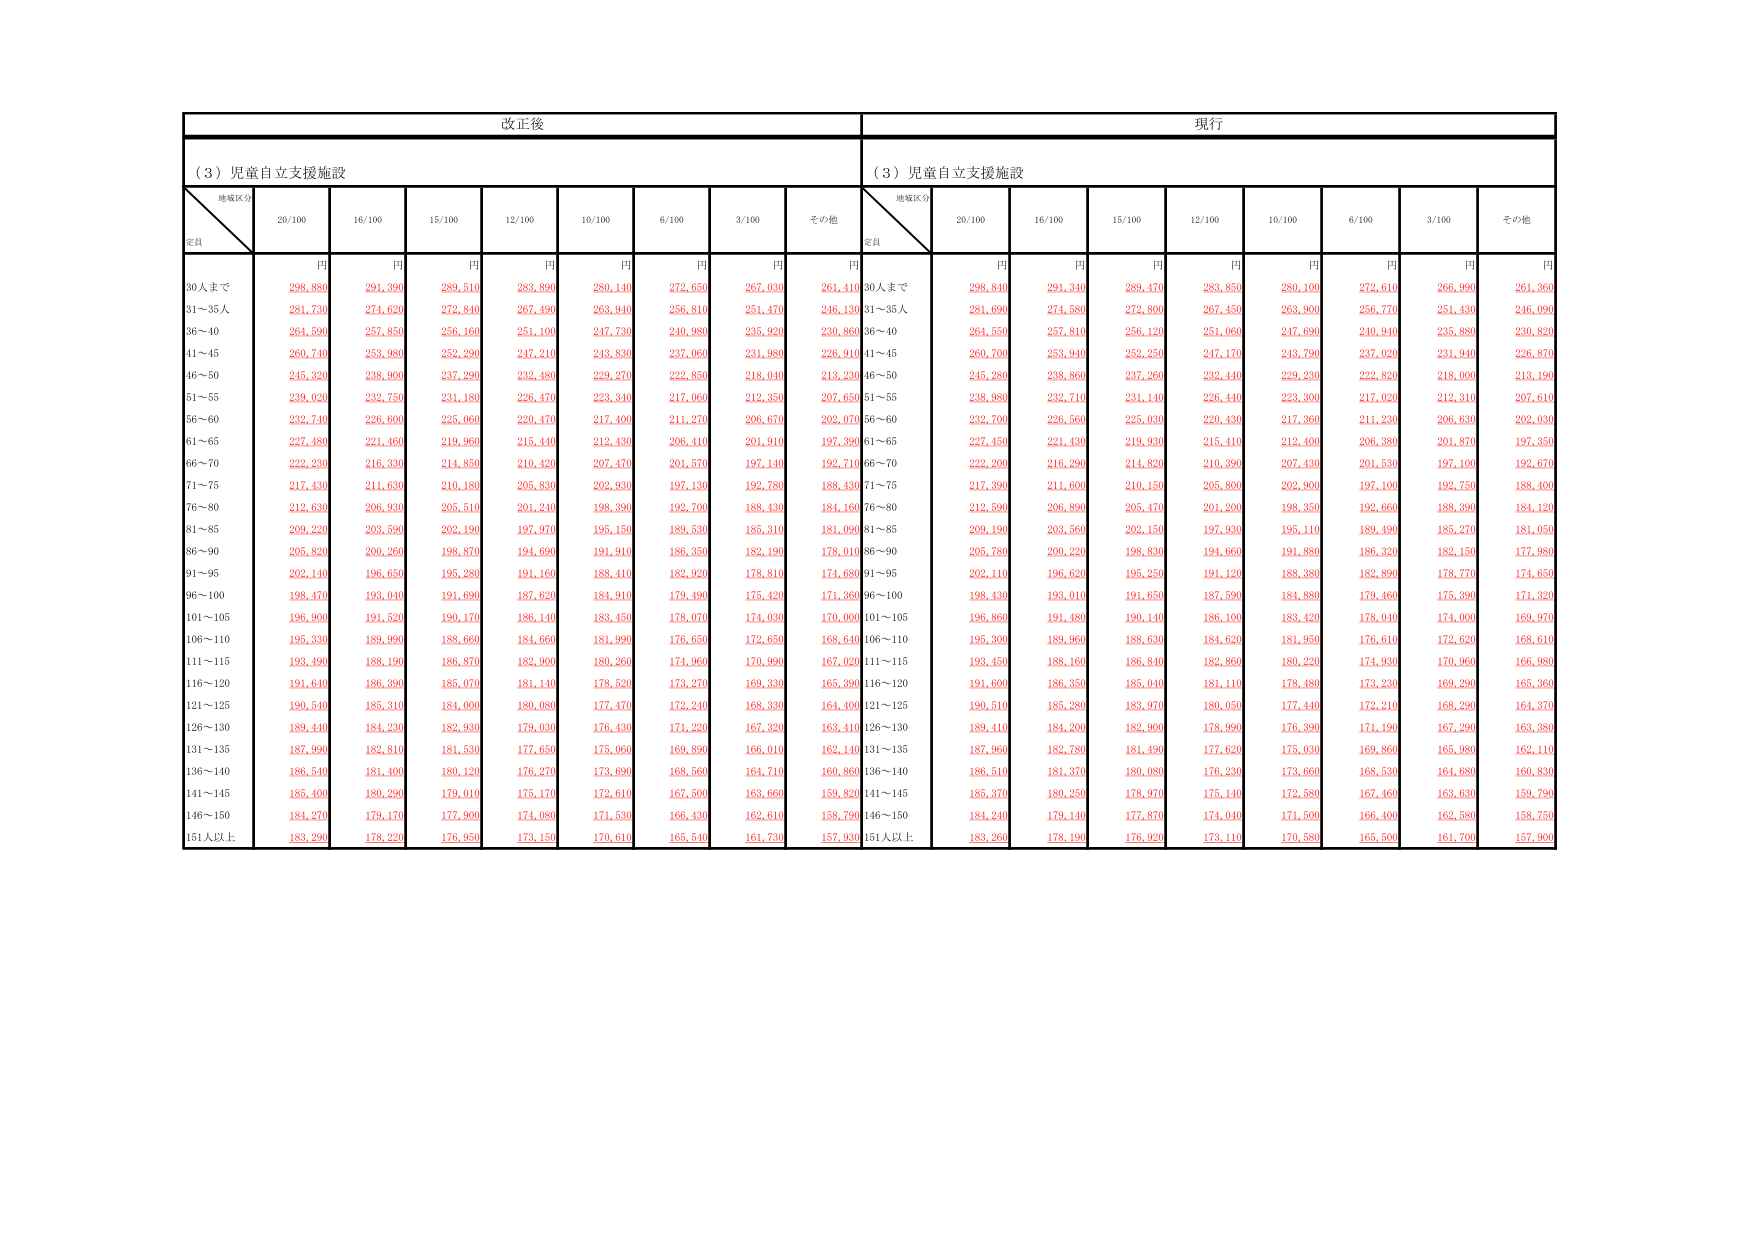
改正後
現行
（３）児童自立支援施設
（３）児童自立支援施設
地域区分
定員
20/100
16/100
15/100
12/100
10/100
6/100
3/100
その他
地域区分
定員
20/100
16/100
15/100
12/100
10/100
6/100
3/100
その他
円
円
円
円
円
円
円
円
円
円
円
円
円
円
円
円
円
円
30人まで
298,880
291,390
289,510
283,890
280,140
272,650
267,030
261,410
30人まで
298,840
291,340
289,470
283,850
280,100
272,610
266,990
261,360
31～35人
281,730
274,620
272,840
267,490
263,940
256,810
251,470
246,130
31～35人
281,690
274,580
272,800
267,450
263,900
256,770
251,430
246,090
36～40
264,590
257,850
256,160
251,100
247,730
240,980
235,920
230,860
36～40
264,550
257,810
256,120
251,060
247,690
240,940
235,880
230,820
41～45
260,740
253,980
252,290
247,210
243,830
237,060
231,980
226,910
41～45
260,700
253,940
252,250
247,170
243,790
237,020
231,940
226,870
46～50
245,320
238,900
237,290
232,480
229,270
222,850
218,040
213,230
46～50
245,280
238,860
237,260
232,440
229,230
222,820
218,000
213,190
51～55
239,020
232,750
231,180
226,470
223,340
217,060
212,350
207,650
51～55
238,980
232,710
231,140
226,440
223,300
217,020
212,310
207,610
56～60
232,740
226,600
225,060
220,470
217,400
211,270
206,670
202,070
56～60
232,700
226,560
225,030
220,430
217,360
211,230
206,630
202,030
61～65
227,480
221,460
219,960
215,440
212,430
206,410
201,910
197,390
61～65
227,450
221,430
219,930
215,410
212,400
206,380
201,870
197,350
66～70
222,230
216,330
214,850
210,420
207,470
201,570
197,140
192,710
66～70
222,200
216,290
214,820
210,390
207,430
201,530
197,100
192,670
71～75
217,430
211,630
210,180
205,830
202,930
197,130
192,780
188,430
71～75
217,390
211,600
210,150
205,800
202,900
197,100
192,750
188,400
76～80
212,630
206,930
205,510
201,240
198,390
192,700
188,430
184,160
76～80
212,590
206,890
205,470
201,200
198,350
192,660
188,390
184,120
81～85
209,220
203,590
202,190
197,870
195,150
189,530
185,310
181,090
81～85
209,190
203,560
202,150
197,830
195,110
189,490
185,270
181,050
86～90
205,820
200,260
198,870
194,690
191,910
186,350
182,190
178,010
86～90
205,780
200,220
198,830
194,660
191,880
186,320
182,150
177,980
91～95
202,140
196,650
195,280
191,160
188,410
182,920
178,810
174,680
91～95
202,110
196,620
195,250
191,120
188,380
182,890
178,770
174,650
96～100
198,470
193,040
191,690
187,620
184,910
179,490
175,420
171,360
96～100
198,430
193,010
191,650
187,590
184,880
179,460
175,390
171,320
101～105
196,900
191,520
190,170
186,140
183,450
178,070
174,030
170,000
101～105
196,860
191,480
190,140
186,100
183,420
178,040
174,000
169,970
106～110
195,330
189,990
188,660
184,660
181,990
176,650
172,650
168,640
106～110
195,300
189,960
188,630
184,620
181,950
176,610
172,620
168,610
111～115
193,490
188,190
186,870
182,900
180,260
174,960
170,990
167,020
111～115
193,450
188,160
186,840
182,860
180,220
174,930
170,960
166,980
116～120
191,640
186,390
185,070
181,140
178,520
173,270
169,330
165,390
116～120
191,600
186,350
185,040
181,110
178,480
173,230
169,290
165,360
121～125
190,540
185,310
184,000
180,080
177,470
172,240
168,330
164,400
121～125
190,510
185,280
183,970
180,050
177,440
172,210
168,290
164,370
126～130
189,440
184,230
182,930
179,030
176,430
171,220
167,320
163,410
126～130
189,410
184,200
182,900
178,990
176,390
171,190
167,290
163,380
131～135
187,990
182,810
181,530
177,650
175,060
169,890
166,010
162,140
131～135
187,960
182,780
181,490
177,620
175,030
169,860
165,980
162,110
136～140
186,540
181,400
180,120
176,270
173,690
168,560
164,710
160,860
136～140
186,510
181,370
180,080
176,230
173,660
168,530
164,680
160,830
141～145
185,400
180,290
179,010
175,170
172,610
167,500
163,660
159,820
141～145
185,370
180,250
178,970
175,140
172,580
167,460
163,630
159,790
146～150
184,270
179,170
177,900
174,080
171,530
166,430
162,610
158,790
146～150
184,240
179,140
177,870
174,040
171,500
166,400
162,580
158,750
151人以上
183,290
178,220
176,950
173,150
170,610
165,540
161,730
157,930
151人以上
183,260
178,190
176,920
173,110
170,580
165,500
161,700
157,900